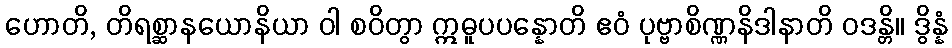
ဟောတိ, တိရစ္ဆာနယောနိယာ ဝါ စဝိတွာ ဣဓူပပန္နောတိ ဧဝံ ပုဗ္ဗာစိဏ္ဏနိဒါနာတိ ဝဒန္တိ။ ဒွိန္နံ